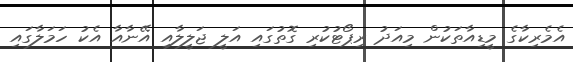
އެމެރިކާގެ މީޑިއާތަކުން މިއަދު ރިޕޯޓުކުރި ގޮތުގައި އަލީ ޖަލީލާއި އޭނާއާ އެކު ހަމަލާގައި